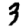
Digit: 3